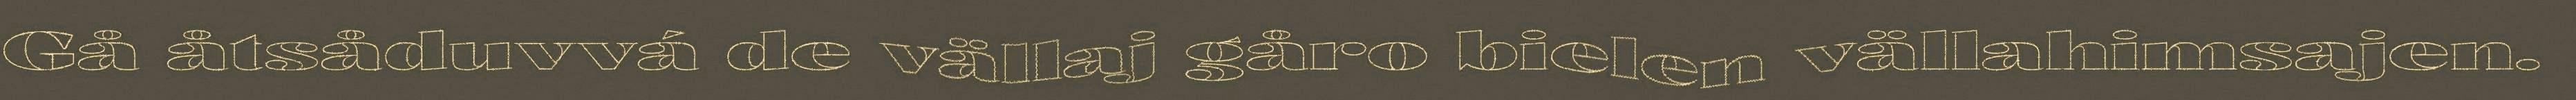
Gå åtsåduvvá de vällaj gåro bielen vällahimsajen.